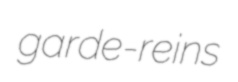
garde-reins